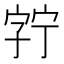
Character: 𫳘